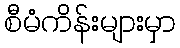
စီမံကိန်းများမှာ